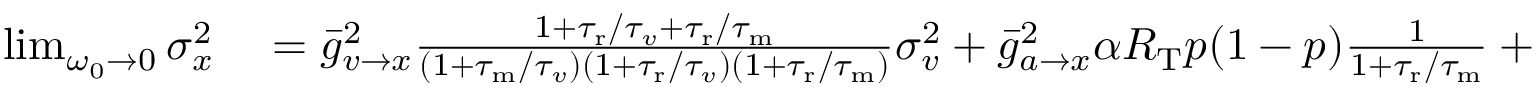
\begin{array} { r l } { \operatorname* { l i m } _ { \omega _ { 0 } \to 0 } \sigma _ { x } ^ { 2 } } & { { } = \bar { g } _ { v \to x } ^ { 2 } \frac { 1 + { \tau _ { \mathrm { r } } } / { \tau _ { v } } + { \tau _ { \mathrm { r } } } / { \tau _ { \mathrm { m } } } } { ( 1 + { \tau _ { \mathrm { m } } } / { \tau _ { v } } ) ( 1 + { \tau _ { \mathrm { r } } } / { \tau _ { v } } ) ( 1 + { \tau _ { \mathrm { r } } } / { \tau _ { \mathrm { m } } } ) } \sigma _ { v } ^ { 2 } + \bar { g } _ { a \to x } ^ { 2 } \alpha R _ { \mathrm { T } } p ( 1 - p ) \frac { 1 } { 1 + { \tau _ { \mathrm { r } } } / { \tau _ { \mathrm { m } } } } + X _ { \mathrm { T } } f ( 1 - f ) , } \end{array}